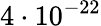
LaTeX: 4\cdot 10^{-22}